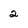
Character: 2